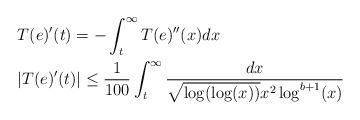
LaTeX: \begin{align*} &T(e)'(t) = -\int_{t}^{\infty} T(e)''(x) dx\\&|T(e)'(t)| \leq \frac{1}{100} \int_{t}^{\infty} \frac{dx}{\sqrt{\log(\log(x))} x^{2}\log^{b+1}(x)}\end{align*}